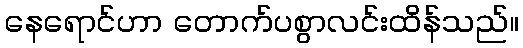
နေရောင်ဟာ တောက်ပစွာလင်းထိန်သည်။